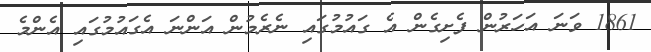
1861 ވަނަ އަހަރުން ފެށިގެން އެ ގައުމުގައި ނެރެމުން އަންނަ އެގައުމުގައި އެންމެ